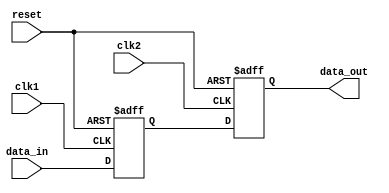
module multi_channel_synchronizer (
    input wire clk1,
    input wire clk2,
    input wire reset,
    
    input wire [7:0] data_in,
    output reg [7:0] data_out
);

reg [7:0] buffer;

always @(posedge clk1 or posedge reset) begin
    if (reset) begin
        buffer <= 8'h00;
    end else begin
        buffer <= data_in;
    end
end

always @(posedge clk2 or posedge reset) begin
    if (reset) begin
        data_out <= 8'h00;
    end else begin
        data_out <= buffer;
    end
end

endmodule